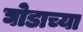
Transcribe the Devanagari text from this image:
घोडाच्या